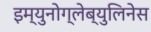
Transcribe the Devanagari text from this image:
इम्युनोग्लेब्युलिनेस